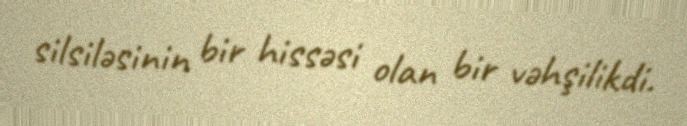
silsiləsinin bir hissəsi olan bir vəhşilikdi.